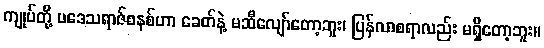
ကျုပ်တို့ ပဒေသရာဇ်စနစ်ဟာ ခေတ်နဲ့ မဆီလျော်တော့ဘူး၊ ပြန်လာစရာလည်း မရှိတော့ဘူး။